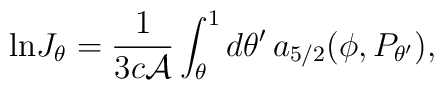
{\ln} J_\theta      = {1\over 3c {\cal A}}    \int^1_\theta d\theta'\, a_{5/2}(        \phi,P_{\theta'}),